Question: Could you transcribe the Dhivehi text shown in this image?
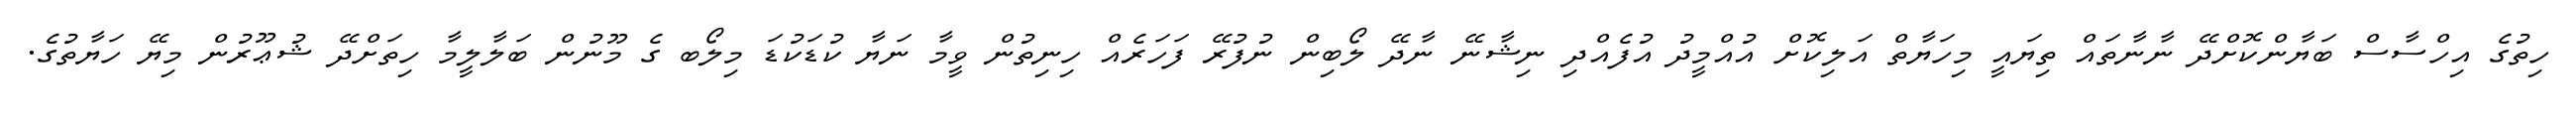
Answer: ހިތުގެ އިހްސާސް ބަޔާންކޮށްދޭ ނާނާތައް ތިޔައީ މިހަޔާތް އަލިކޮށް އުއްމީދު އުފެއްދި ނިޝާނޭ ނާދޭ ލޯބިން ނުފުރޭ ފަހަރެއް ހިނިތުން ވީމާ ނަޔާ ކުޑަކުޑަ މިލޯބ ގެ މޫނުން ބަލާލީމާ ހިތަށްދޭ ޝުޢޫރުން މިޔޭ ހަޔާތުގެ.